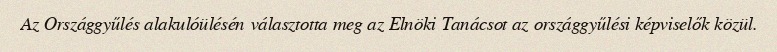
Az Országgyűlés alakulóülésén választotta meg az Elnöki Tanácsot az országgyűlési képviselők közül.